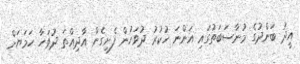
އީދު ބަންދުގެ މުނާސަބަތުގައި އަންނަ ހުކުރު ދުވަހުން ފެށިގެން އާދިއްތަ ދުވަހާ ހަމަޔަށް